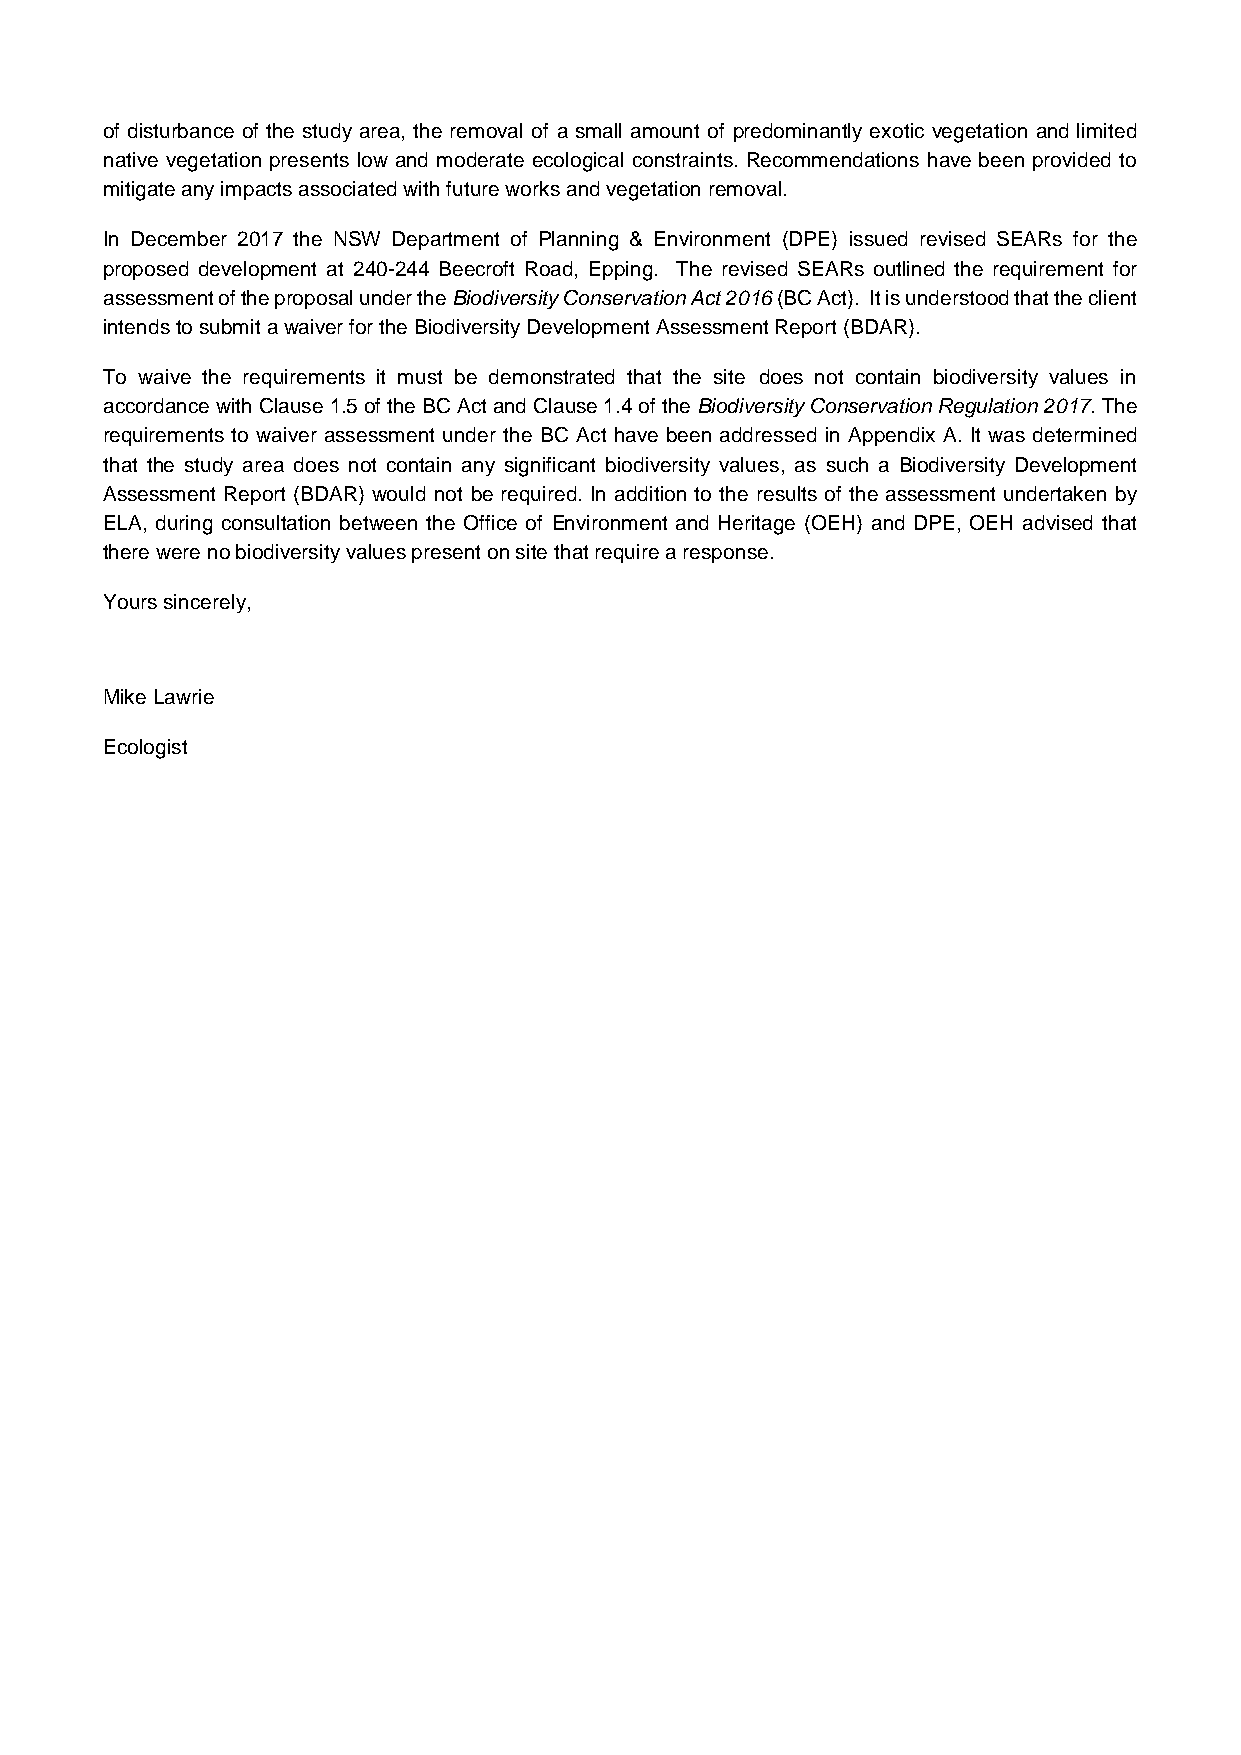
of disturbance of the study area, the removal of a small amount of predominantly exotic vegetation and limited
 native vegetation presents low and moderate ecological constraints. Recommendations have been provided to
 mitigate any impacts associated with future works and vegetation removal.
 In December 2017 the NSW Department of Planning & Environment (DPE) issued revised SEARs for the
 proposed development at 240-244 Beecroft Road, Epping. The revised SEARs outlined the requirement for
 assessment of the proposal under the Biodiversity Conservation Act 2016 (BC Act). It is understood that the client
 intends to submit a waiver for the Biodiversity Development Assessment Report (BDAR).
 To waive the requirements it must be demonstrated that the site does not contain biodiversity values in
 accordance with Clause 1.5 of the BC Act and Clause 1.4 of the Biodiversity Conservation Regulation 2017. The
 requirements to waiver assessment under the BC Act have been addressed in Appendix A. It was determined
 that the study area does not contain any significant biodiversity values, as such a Biodiversity Development
 Assessment Report (BDAR) would not be required. In addition to the results of the assessment undertaken by
 ELA, during consultation between the Office of Environment and Heritage (OEH) and DPE, OEH advised that
 there were no biodiversity values present on site that require a response.
 Yours sincerely,
 Mike Lawrie
 Ecologist